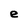
Character: e